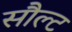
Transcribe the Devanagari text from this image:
सौल्ट